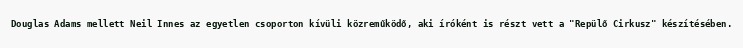
Douglas Adams mellett Neil Innes az egyetlen csoporton kívüli közreműködő, aki íróként is részt vett a "Repülő Cirkusz" készítésében.